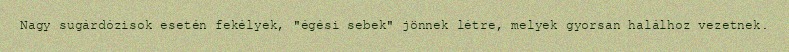
Nagy sugárdózisok esetén fekélyek, "égési sebek" jönnek létre, melyek gyorsan halálhoz vezetnek.